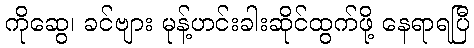
ကိုဆွေ၊ ခင်ဗျား မုန့်ဟင်းခါးဆိုင်ထွက်ဖို့ နေရာရပြီ